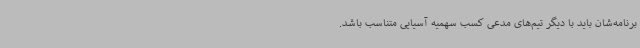
برنامه‌شان باید با دیگر تیم‌های مدعی کسب سهمیه آسیایی متناسب باشد.